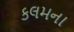
કલમના